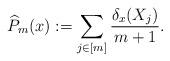
LaTeX: \begin{align*} \widehat{P}_m(x) := \sum_{j\in [m]} \frac{\delta_x(X_j)}{m+1}.\end{align*}